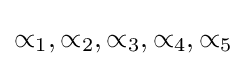
{{\propto }_{1}},{{\propto }_{2}},{{\propto }_{3}},{{\propto }_{4}},{{\propto }_{5}}